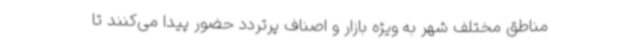
مناطق مختلف شهر به ویژه بازار و اصناف پرتردد حضور پیدا می‌کنند تا